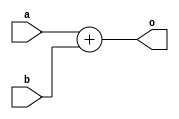
module sub_test(
input a,b,//inputoutput
output o);//
assign o = a + b;
endmodule

module test(
input a,b,
output c);
sub_test sub_test(a,b,c);//alwaysregcwirealways
endmodule